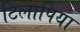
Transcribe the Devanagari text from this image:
टिलापिया